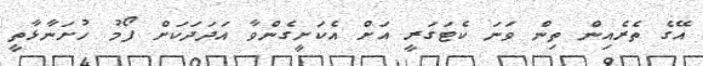
އޭގެ ތެރެއިން ތިން ވަނަ ކެޓަގަރީ އަށް އެކަށީގެންވާ އަދަދަކަށް ފޯމު ހުށަނާޅާތީ